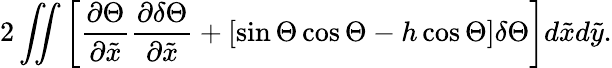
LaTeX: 2\iint\left[\frac{\partial\Theta}{\partial\tilde{x}}\frac{\partial\delta\Theta}{\partial\tilde{x}}+\left[\sin\Theta\cos\Theta-h\cos\Theta\right]\delta\Theta\right]d\tilde{x}d\tilde{y}.